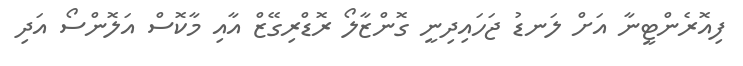
ފިއޮރެންޓީނާ އަށް ލަނޑު ޖަހައިދިނީ ގޮންޒާލޯ ރޮޑްރިގޭޒް އާއި މާކޮސް އަލޮންސޯ އަދި